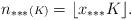
LaTeX: \begin{align*}n_{***}{\scriptstyle (K)}=\lfloor x_{***}K\rfloor.\end{align*}